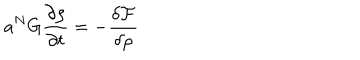
LaTeX: a ^ { N } G \frac { \partial \rho } { \partial t } = - \frac { \delta \mathcal { F } } { \delta \rho }